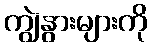
ကျွဲနွားများကို